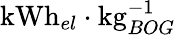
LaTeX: \mathrm{kWh}_{el}\cdot\mathrm{kg}_{BOG}^{-1}